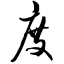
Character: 度